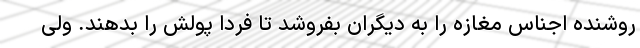
روشنده اجناس مغازه را به دیگران بفروشد تا فردا پولش را بدهند. ولی